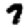
Digit: 7